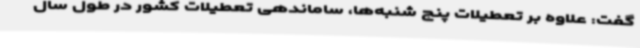
گفت: علاوه بر تعطیلات پنج شنبه‌ها، ساماندهی تعطیلات کشور در طول سال